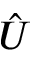
\hat { U }